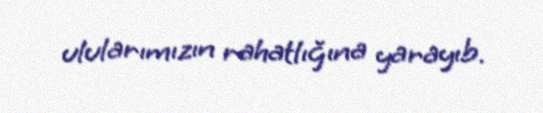
ulularımızın rahatlığına yarayıb.